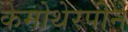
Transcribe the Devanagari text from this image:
केमोथेरपीने